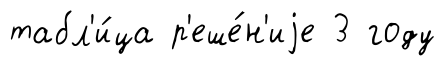
табл'и́ца р'еше́н'иjе 3 году